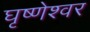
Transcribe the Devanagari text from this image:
घृष्‍णेश्‍वर